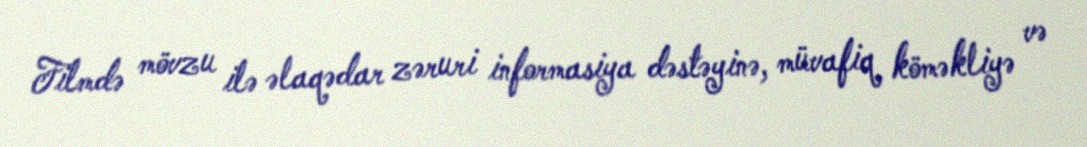
Filmdə mövzu ilə əlaqədar zəruri informasiya dəstəyinə, müvafiq köməkliyə və